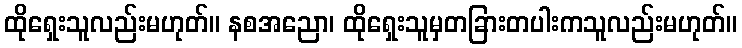
ထိုရှေးသူလည်းမဟုတ်။ နစအညော၊ ထိုရှေးသူမှတခြားတပါးကသူလည်းမဟုတ်။